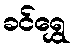
ခင်ရွှေ